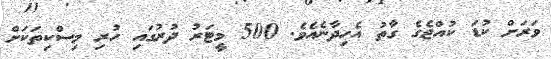
ވަރަށް ކުޑަ ކުއްޖެގެ ގާތު އެހިދާނެއެވެ. 500 މީޓަރު ދުރުގައި ހުރި މިސްކިތަކަށް